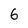
Character: 6